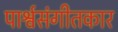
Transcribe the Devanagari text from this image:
पार्श्वसंगीतकार